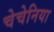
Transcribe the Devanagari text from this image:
चेचेनिया